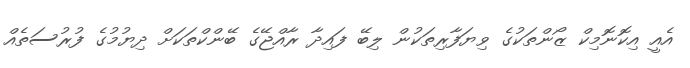
އެއީ އިކޮނޮމިކް ޒޯންތަކުގެ ވިޔަފާރިތަކުން ލިބޭ ފައިދާ ރާއްޖޭގެ ބޭންކްތަކަށް ދިޔުމުގެ ފުރުސަތެއް